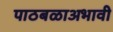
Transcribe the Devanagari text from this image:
पाठबळाअभावी